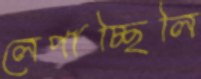
লেপাচ্ছিলি